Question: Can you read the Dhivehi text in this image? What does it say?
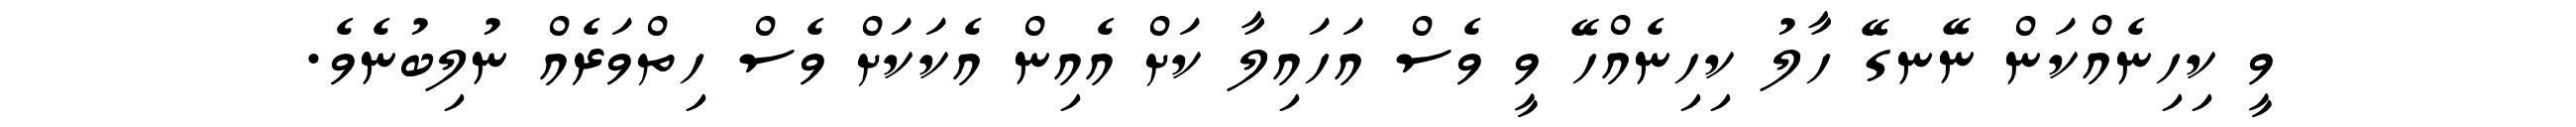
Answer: ވީ ކިހިނެއްކަން ނޭނގޭ ހާލު ކިހިނެއްހޭ ވީ ވެސް އަހައިލާ ކަށް އެއިން އެކަކަށް ވެސް ހިތްވަރެއް ނުލިބުނެވެ.